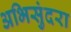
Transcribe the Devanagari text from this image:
अभिसुंदरा